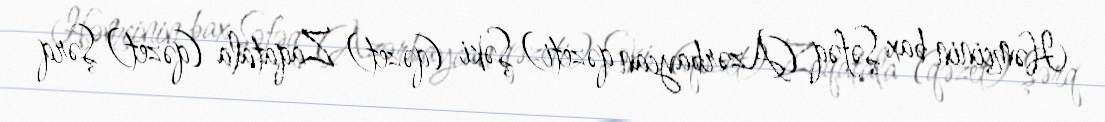
Həmçinin bax Şəfəq (Azərbaycan qəzeti) Şəki (qəzet) Zaqatala (qəzet) Şərq